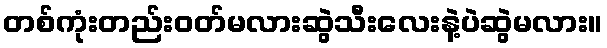
တစ်ကုံးတည်း၀တ်မလားဆွဲသီးလေးနဲ့ပဲဆွဲမလား။